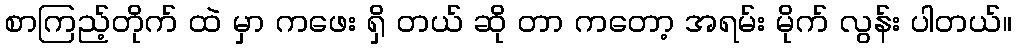
စာကြည့်တိုက် ထဲ မှာ ကဖေး ရှိ တယ် ဆို တာ ကတော့ အရမ်း မိုက် လွန်း ပါတယ်။